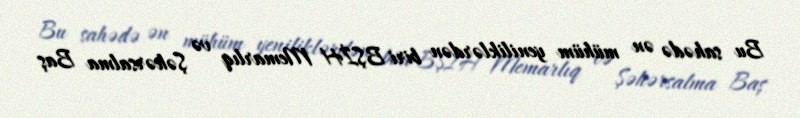
Bu sahədə ən mühüm yeniliklərdən biri BŞİH Memarlıq və Şəhərsalma Baş